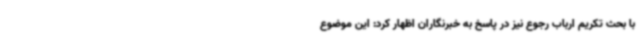
با بحث تکریم ارباب رجوع نیز در پاسخ به خبرنگاران اظهار کرد: این موضوع